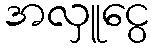
အလှူငွေ